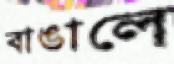
বাঙালে